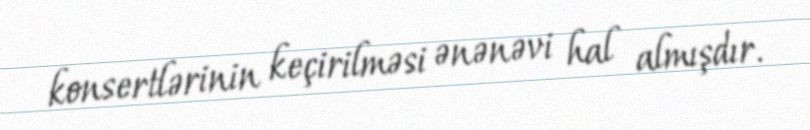
konsertlərinin keçirilməsi ənənəvi hal almışdır.